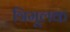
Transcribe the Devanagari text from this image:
त्रिमूलक